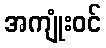
အကျုံးဝင်